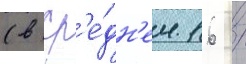
(в ср'е́дн'ем 16 /